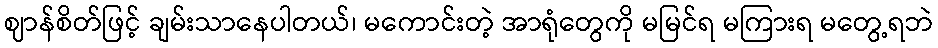
ဈာန်စိတ်ဖြင့် ချမ်းသာနေပါတယ်၊ မကောင်းတဲ့ အာရုံတွေကို မမြင်ရ မကြားရ မတွေ့ရဘဲ